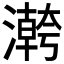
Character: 𱩡